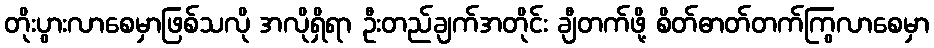
တိုးပွားလာစေမှာဖြစ်သလို အလိုရှိရာ ဦးတည်ချက်အတိုင်း ချီတက်ဖို့ စိတ်ဓာတ်တက်ကြွလာစေမှာ